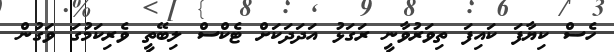
ހެސް ކިޔާފަ ކައިފަ ތިވަރުވާނީ ރަގަޅު އަދަދަކަށް ޓެކްސް ލިބޭތީ ވެރިކަމުގަ ވަގުން